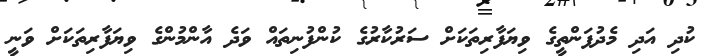
ކުދި އަދި މެދުފަންތީގެ ވިޔަފާރިތަކަށް ސަރުކާރުގެ ކުންފުނިތައް ވަދެ އާންމުންގެ ވިޔަފާރިތަކަށް ވަނީ